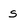
Character: s